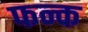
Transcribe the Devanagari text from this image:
फन्क